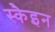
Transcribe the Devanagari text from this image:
स्कैइन